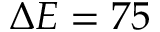
\Delta E = 7 5